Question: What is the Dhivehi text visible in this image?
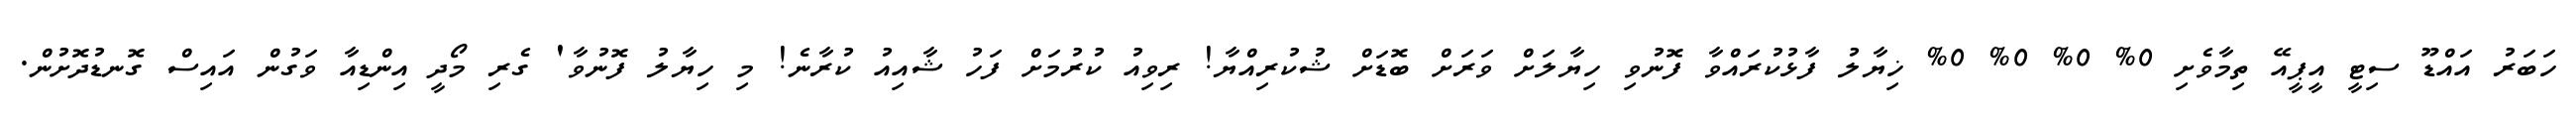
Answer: ހަބަރު އައްޑޫ ސިޓީ އީޕީއޭ ތިމާވެށި 0% 0% 0% 0% ޚިޔާލު ފާޅުކުރައްވާ ފޮނުވި ހިޔާލަށް ވަރަށް ބޮޑަށް ޝުކުރިއްޔާ! ރިވިއު ކުރުމަށް ފަހު ޝާއިއު ކުރާނެ! މި ހިޔާލު ފޮނުވާ' ގެރި މޯދީ އިންޑިއާ ވަގުން އައިސް ގޮނޑުދޮށުން.